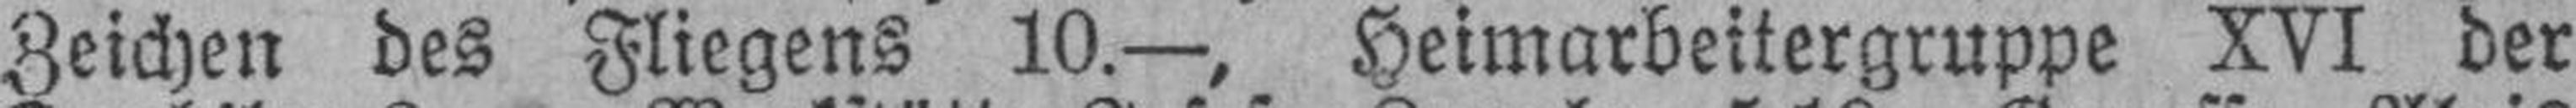
Zeichen des Fliegens 10.—, Heimarbeitergruppe XVI der